Lunatic asylums Punjab 1895-1910 - 1895-1910
Year: 1895
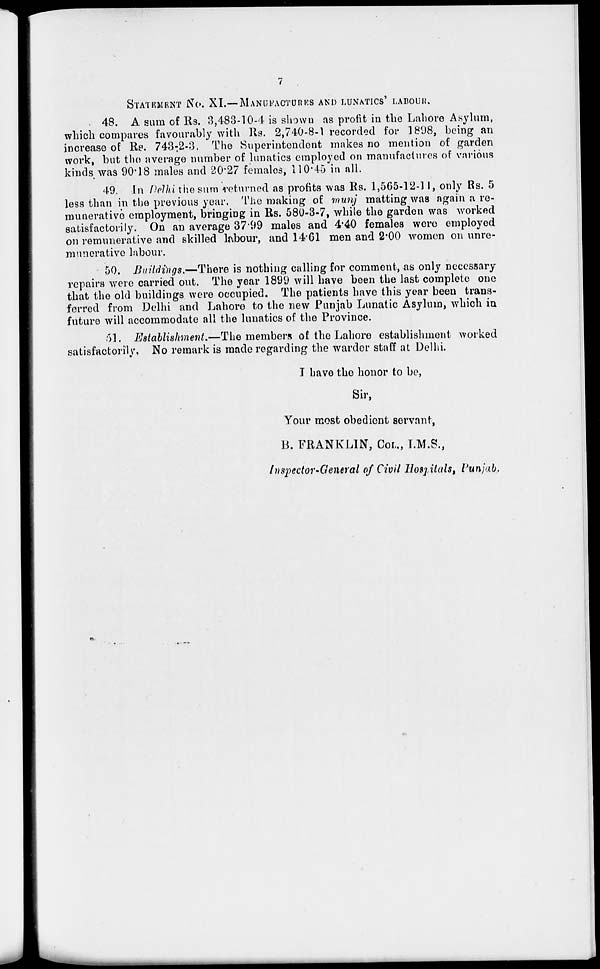
7
STATEMENT No. XI—MANUFACTURES AND LUNATICS' LABOUR.
48. A sum of Rs. 3,483-10-4 is shown as profit in the Lahore Asylum,
which compares favourably with Rs. 2,740-8-1 recorded for 1898, being an
increase of Rs. 743-2-3, The Superintendent makes no mention of garden
work, but the average number of lunatics employed on manufactures of various
kinds was 90.18 males and 20.27 females, 110.45 in all.
49. In Delhi the sum returned as profits was Rs. 1,565-12-11, only Rs. 5
less than in the previous year. The making of munj matting was again a re-
munerative employment, bringing in Rs. 580-3-7, while the garden was worked
satisfactorily. On an average 37.99 males and 4.40 females were employed
on remunerative and skilled labour, and 14.61 men and 2.00 women on unre-
munerative labour.
50. Buildings.—There is nothing calling for comment, as only necessary
repairs were carried out. The year 1899 will have been the last complete one
that the old buildings were occupied. The patients have this year been trans-
ferred from Delhi and Lahore to the new Punjab Lunatic Asylum, which in
future will accommodate all the lunatics of the Province.
51. Establishment.—The members of the Lahore establishment worked
satisfactorily, No remark is made regarding the warder staff at Delhi.
I have the honor to be,
Sir,
Your most obedient servant,
B. FRANKLIN, COL., I.M.S.,
Inspector-General of Civil Hospitals, Punjab.